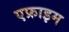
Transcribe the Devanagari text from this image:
एफ्राइम